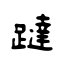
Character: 躂